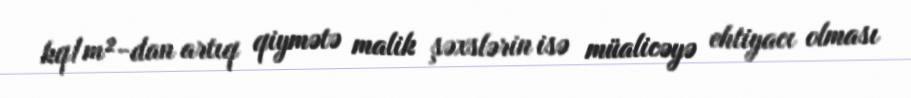
kq/m²-dan artıq qiymətə malik şəxslərin isə müalicəyə ehtiyacı olması